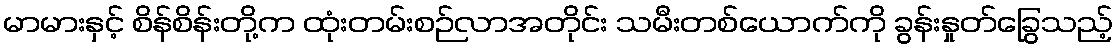
မာမားနှင့် စိန်စိန်းတို့က ထုံးတမ်းစဉ်လာအတိုင်း သမီးတစ်ယောက်ကို ခွန်းနှုတ်ခြွေသည့်